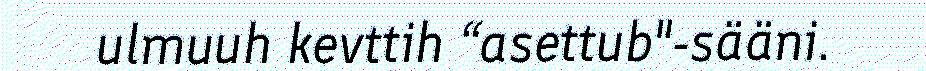
ulmuuh kevttih “asettub"-sääni.